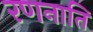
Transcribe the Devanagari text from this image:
रणनाति